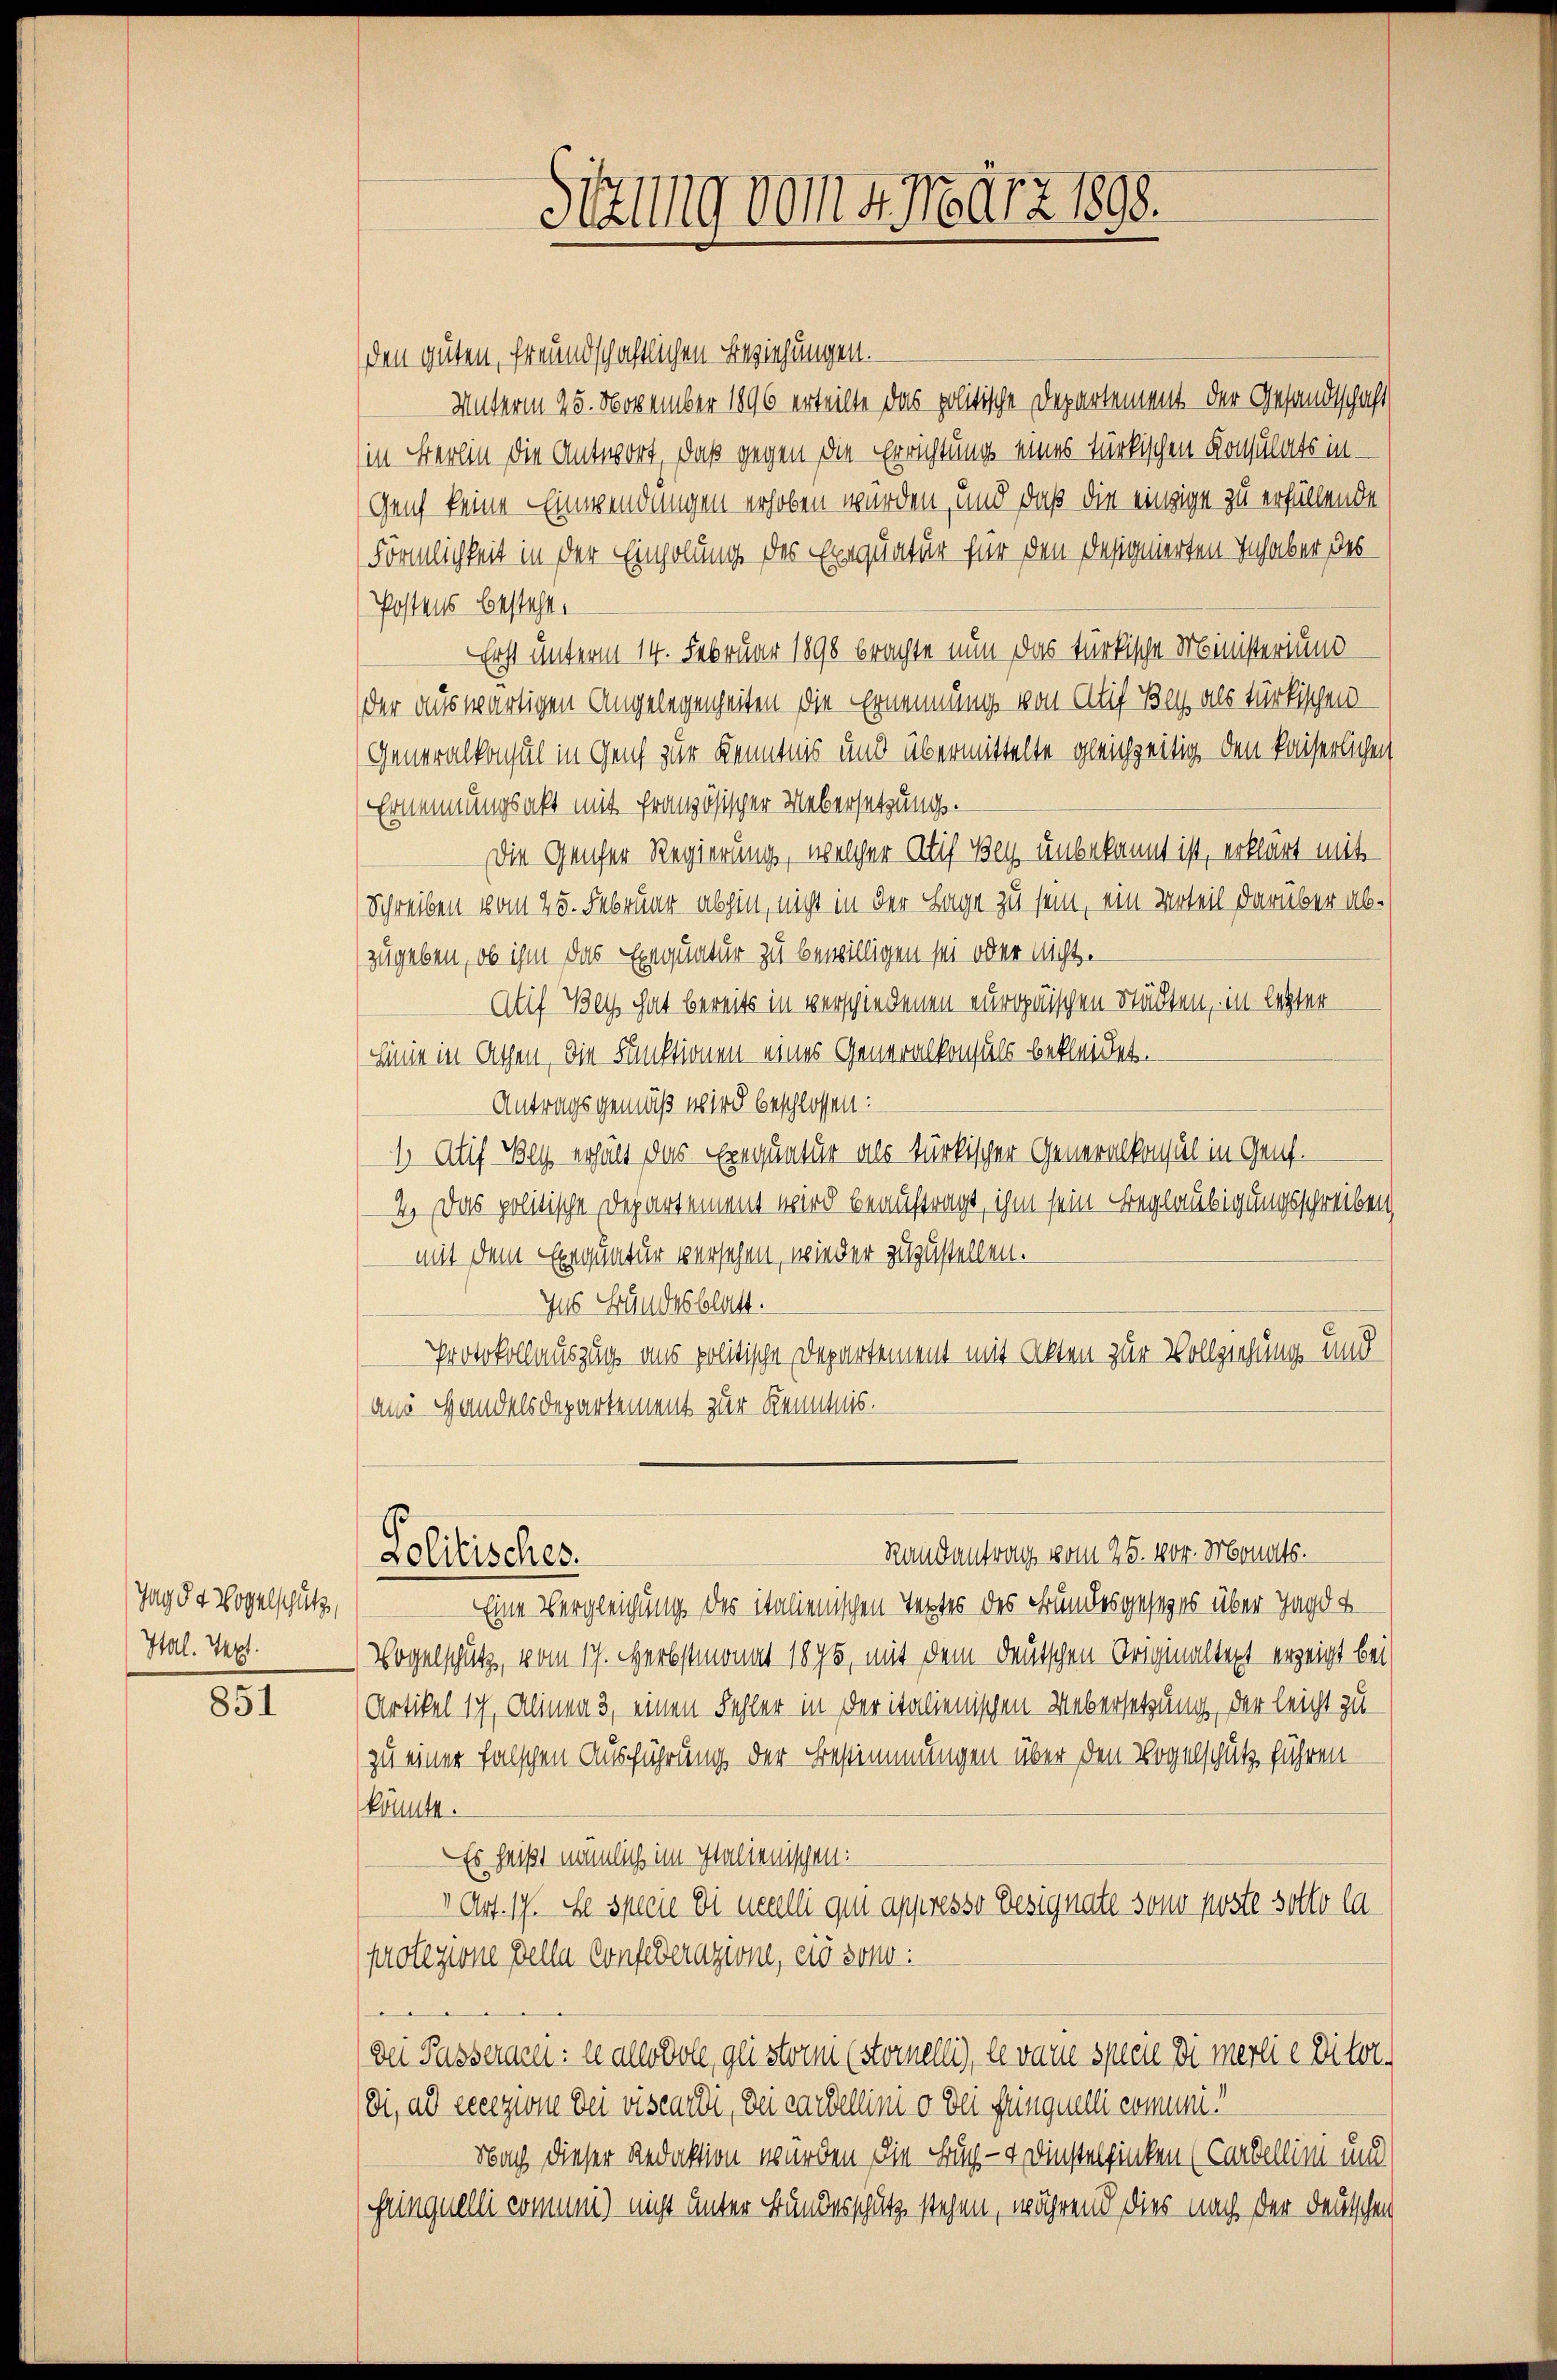
Jagdt Vogelschutz,
Hal. Text.

851

den guten, freundschaftlichen Beziehungen.
Unterm 25. November 1896 erteilte das politische Departement der Gesandtschaft
(in Berlin die Antwort, daß gegen die Errichtung eines türkischen Konsulats in
Genf keine Einwendungen erhoben wurden, und daß die einzige zu erfüllende
Förmlichkeit in der Einholung des Exequatur für den Resignierten Inhaber des
Postens besteht.
Erst unterm 14. Februar 1898 brachte nun das türkische Ministerium
der auswärtigen Angelegenheiten die Ernennung von Alif Buch als türkischen
Generalkonsul in Genf zur Kenntnis und übermittelte gleichzeitig den kaiserlichen
Ernennungsakt mit französischer Uebersetzung.
Die Genfer Regierung, welcher Atif Bey unbekannt ist, erklärt mit-
Schreiben vom 25. Februar abgen, nicht in der Lage zu sein, ein Urteil darüber abzugeben, ob ihm das Exequatur zu bewilligen sei oder nichte
Atif Beys hat bereits in verschiedenen eurguischen Städten, in letzter
inie in Athen, die Funktionen eines Generalkonsuls bekleidet.
Antragsgemäß wird beschlossen:
1 Atif Weg erhält das Exequatur als türkischer Generalkonsul in Genf.
4. Das politische Departement wird beauftragt, ihm sein Beglaubigungsschreiben
mit dem Exequatur versehen, wieder zuzustellen.
Ins Bundesblatt.
Protokollauszug aus politische Departement mit Alten zur Vollziehung und
ans Handelsdepartement zur Kenntnis.
Randantrag vom 25. vor. Monats.
Lolitisches.
Eine Vergleichung des italienischen Textes des Bundesgesezes über Jagd u
Vogelschutz, vom 17. Herbstmonat 1895, mit dem deutschen Originaltext erzeigt bei
Artikel ich, Alinen 3, einen Fehler in der italienischen Uebersetzung, der leicht zu
zu einer falschen Ausführung der Bestimmungen über den Vogelschutz führen
könnte.
Es heißt nämlich im Italienischen:
1 Art. 17. So specie di nelli qui appresso Besignate sono poste sotto la
protezione della Confederazione, eis sono
e
Dei Pässerarei: re also doll, geisterni (Sterneli), le vare specie di merli e ditor
Di, als eccezion bei viscardi, dei cardeleimi o dei feingnelli comuni¬
Nach dieser Redaktion wurden, die Buch- & Dinstelfinken (Cardellini und
frinquelli commen) nicht unter Bänderschutz stehen, während dies nach der Deutschen

Sitzung vom 4. März 1898.